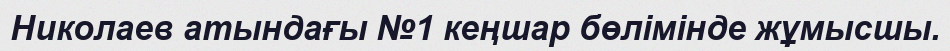
Николаев атындағы №1 кеңшар бөлімінде жұмысшы.